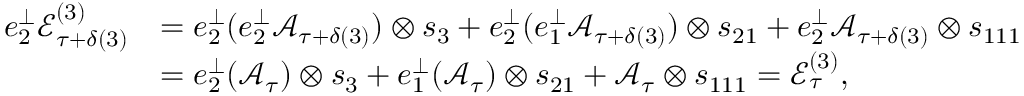
\begin{array} { r l } { e _ { 2 } ^ { \perp } \mathcal { E } _ { \tau + \delta ( 3 ) } ^ { ( 3 ) } } & { = e _ { 2 } ^ { \perp } ( e _ { 2 } ^ { \perp } \mathcal { A } _ { \tau + \delta ( 3 ) } ) \otimes s _ { 3 } + e _ { 2 } ^ { \perp } ( e _ { 1 } ^ { \perp } \mathcal { A } _ { \tau + \delta ( 3 ) } ) \otimes s _ { 2 1 } + e _ { 2 } ^ { \perp } \mathcal { A } _ { \tau + \delta ( 3 ) } \otimes s _ { 1 1 1 } } \\ & { = e _ { 2 } ^ { \perp } ( \mathcal { A } _ { \tau } ) \otimes s _ { 3 } + e _ { 1 } ^ { \perp } ( \mathcal { A } _ { \tau } ) \otimes s _ { 2 1 } + \mathcal { A } _ { \tau } \otimes s _ { 1 1 1 } = \mathcal { E } _ { \tau } ^ { ( 3 ) } , } \end{array}